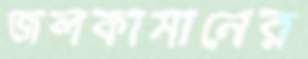
জলকামানের